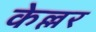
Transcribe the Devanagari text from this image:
केल्लर